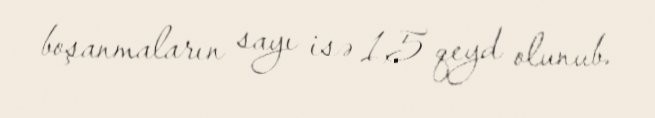
boşanmaların sayı isə 1,5 qeyd olunub.